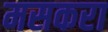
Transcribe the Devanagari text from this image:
मसकरा